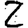
Digit: 2